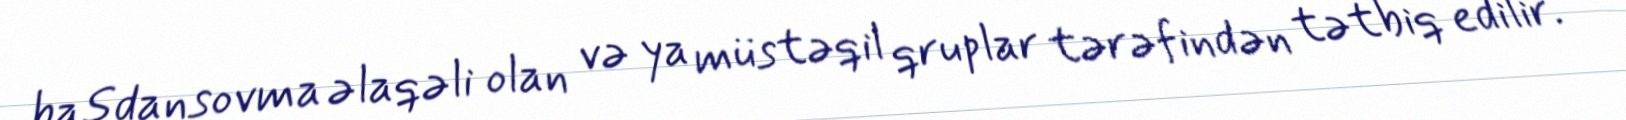
başdansovma əlaqəli olan və ya müstəqil qruplar tərəfindən tətbiq edilir.